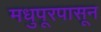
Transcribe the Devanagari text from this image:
मधुपूरपासून